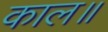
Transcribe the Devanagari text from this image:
काल॥